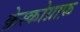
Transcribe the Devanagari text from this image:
क्रेस्कोग्राफ़